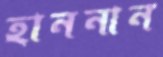
হাননান